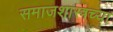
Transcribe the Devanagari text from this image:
समाजशास्त्रच्या